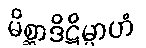
မိစ္ဆာဒိဋ္ဌိမ္ပာဟံ